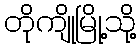
တိုကျိုမြို့သို့